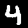
Label: 4